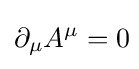
\partial _{\mu }A^{\mu }=0\!